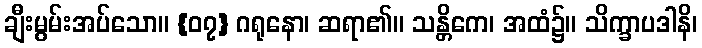
ချီးမွမ်းအပ်သော။ {၀၇} ဂရုနော၊ ဆရာ၏။ သန္တိကေ၊ အထံ၌။ သိက္ခာပဒါနိ၊